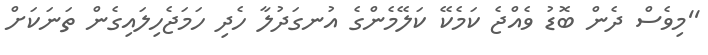
''މިވެސް ދެން ބޮޑު ވެއްޖެ ކަމެކޭ ކަލޭމެންގެ އުނގަދުލާ ހެދި ހަމަޖެހިލައިގެން ތަނަކަށް